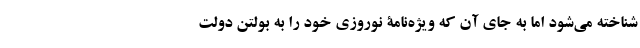
شناخته می‌شود اما به جای آن که ویژه‌نامۀ نوروزی خود را به بولتن دولت